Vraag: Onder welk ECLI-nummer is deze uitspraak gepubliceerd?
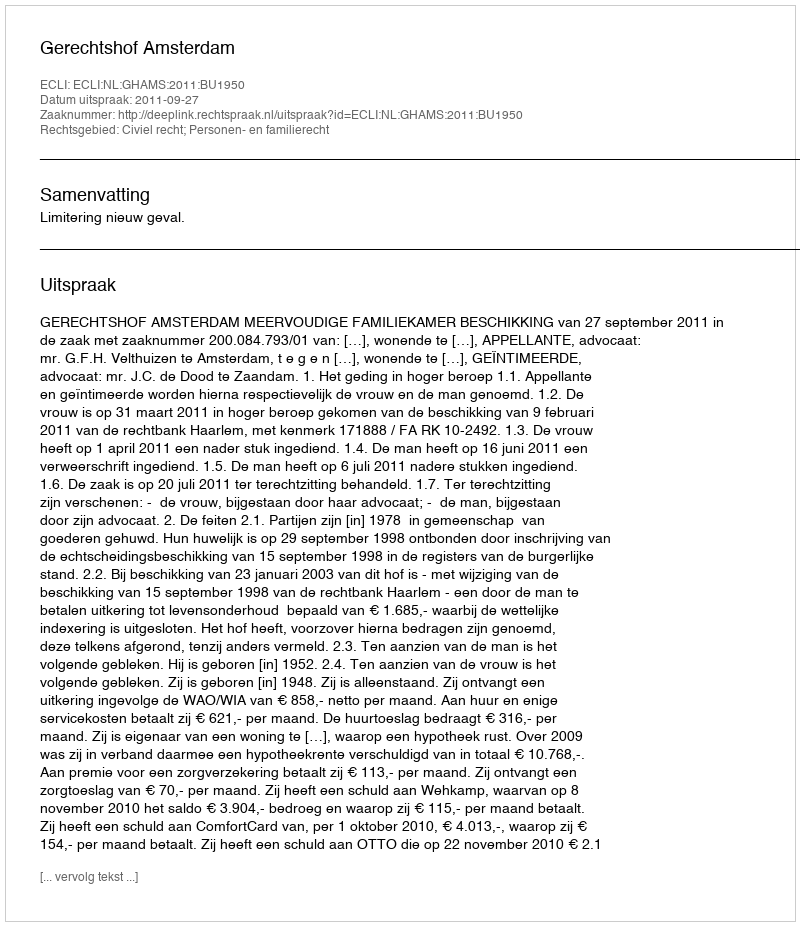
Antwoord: ECLI:NL:GHAMS:2011:BU1950